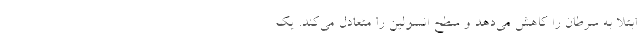
ابتلا به سرطان را کاهش می‌دهد و سطح انسولین را متعادل می‌کند. یک